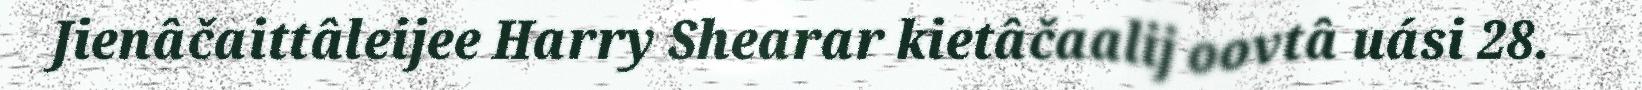
Jienâčaittâleijee Harry Shearar kietâčaalij oovtâ uási 28.